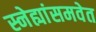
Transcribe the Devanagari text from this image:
स्नेह्यांसमवेत